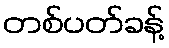
တစ်ပတ်ခန့်